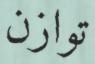
توازن